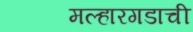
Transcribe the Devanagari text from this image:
मल्हारगडाची